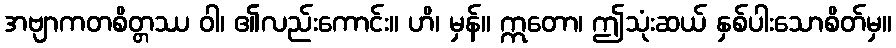
အဗျာကတစိတ္တဿ ဝါ၊ ၏လည်းကောင်း။ ဟိ၊ မှန်။ ဣတော၊ ဤသုံးဆယ် နှစ်ပါးသောစိတ်မှ။